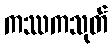
ကဿကသုတ်